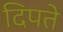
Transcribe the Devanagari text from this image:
दिपते